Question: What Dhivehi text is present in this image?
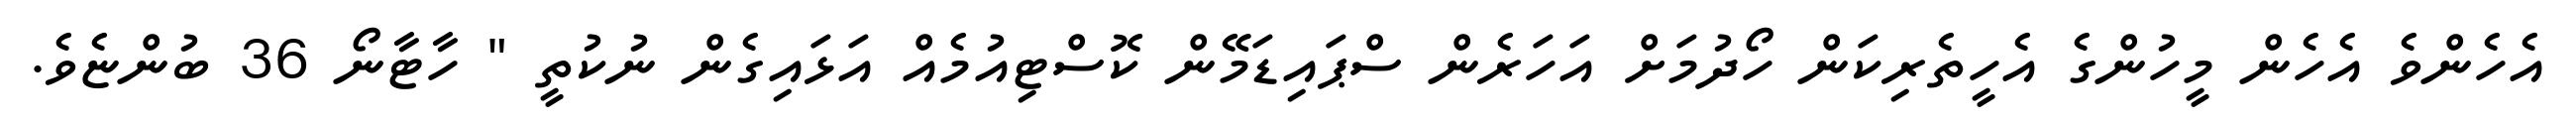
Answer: އެހެންވެ އެހެން މީހުންގެ އެހީތެރިކަން ހޯދުމަށް އަހަރެން ސްޕައިޑަމޭން ކޮސްޓިއުމެއް އަޅައިގެން ނުކުތީ " ހާޓާނޯ 36 ބުންޏެވެ.